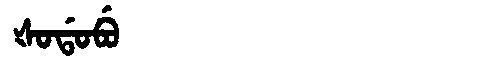
Manchu: ᡧᠣᡩᠣᠪᡠ
Romanization: ŠODOBU